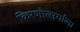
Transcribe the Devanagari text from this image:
किरणोत्सर्गाला